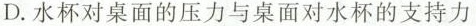
D. 水杯对桌面的压力与桌面对水杯的支持力